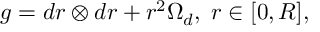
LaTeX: g = d r \otimes d r + r ^ { 2 } \Omega _ { d } , \; r \in [ 0 , R ] ,